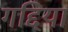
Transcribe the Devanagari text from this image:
गद्दियां